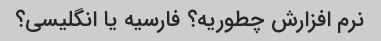
نرم افزارش چطوریه؟ فارسیه یا انگلیسی؟